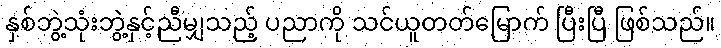
နှစ်ဘွဲ့သုံးဘွဲ့နှင့်ညီမျှသည့် ပညာကို သင်ယူတတ်မြောက် ပြီးပြီ ဖြစ်သည်။